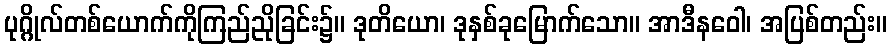
ပုဂ္ဂိုလ်တစ်ယောက်ကိုကြည်ညိုခြင်း၌။ ဒုတိယော၊ ဒုနှစ်ခုမြောက်သော။ အာဒီနဝေါ၊ အပြစ်တည်း။